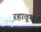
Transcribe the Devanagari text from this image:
रहावून